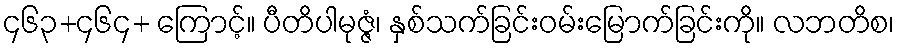
၄၆၃+၄၆၄+ ကြောင့်။ ပီတိပါမုဇ္ဇံ၊ နှစ်သက်ခြင်းဝမ်းမြောက်ခြင်းကို။ လဘတိစ၊